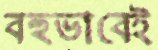
বহুভাবেই